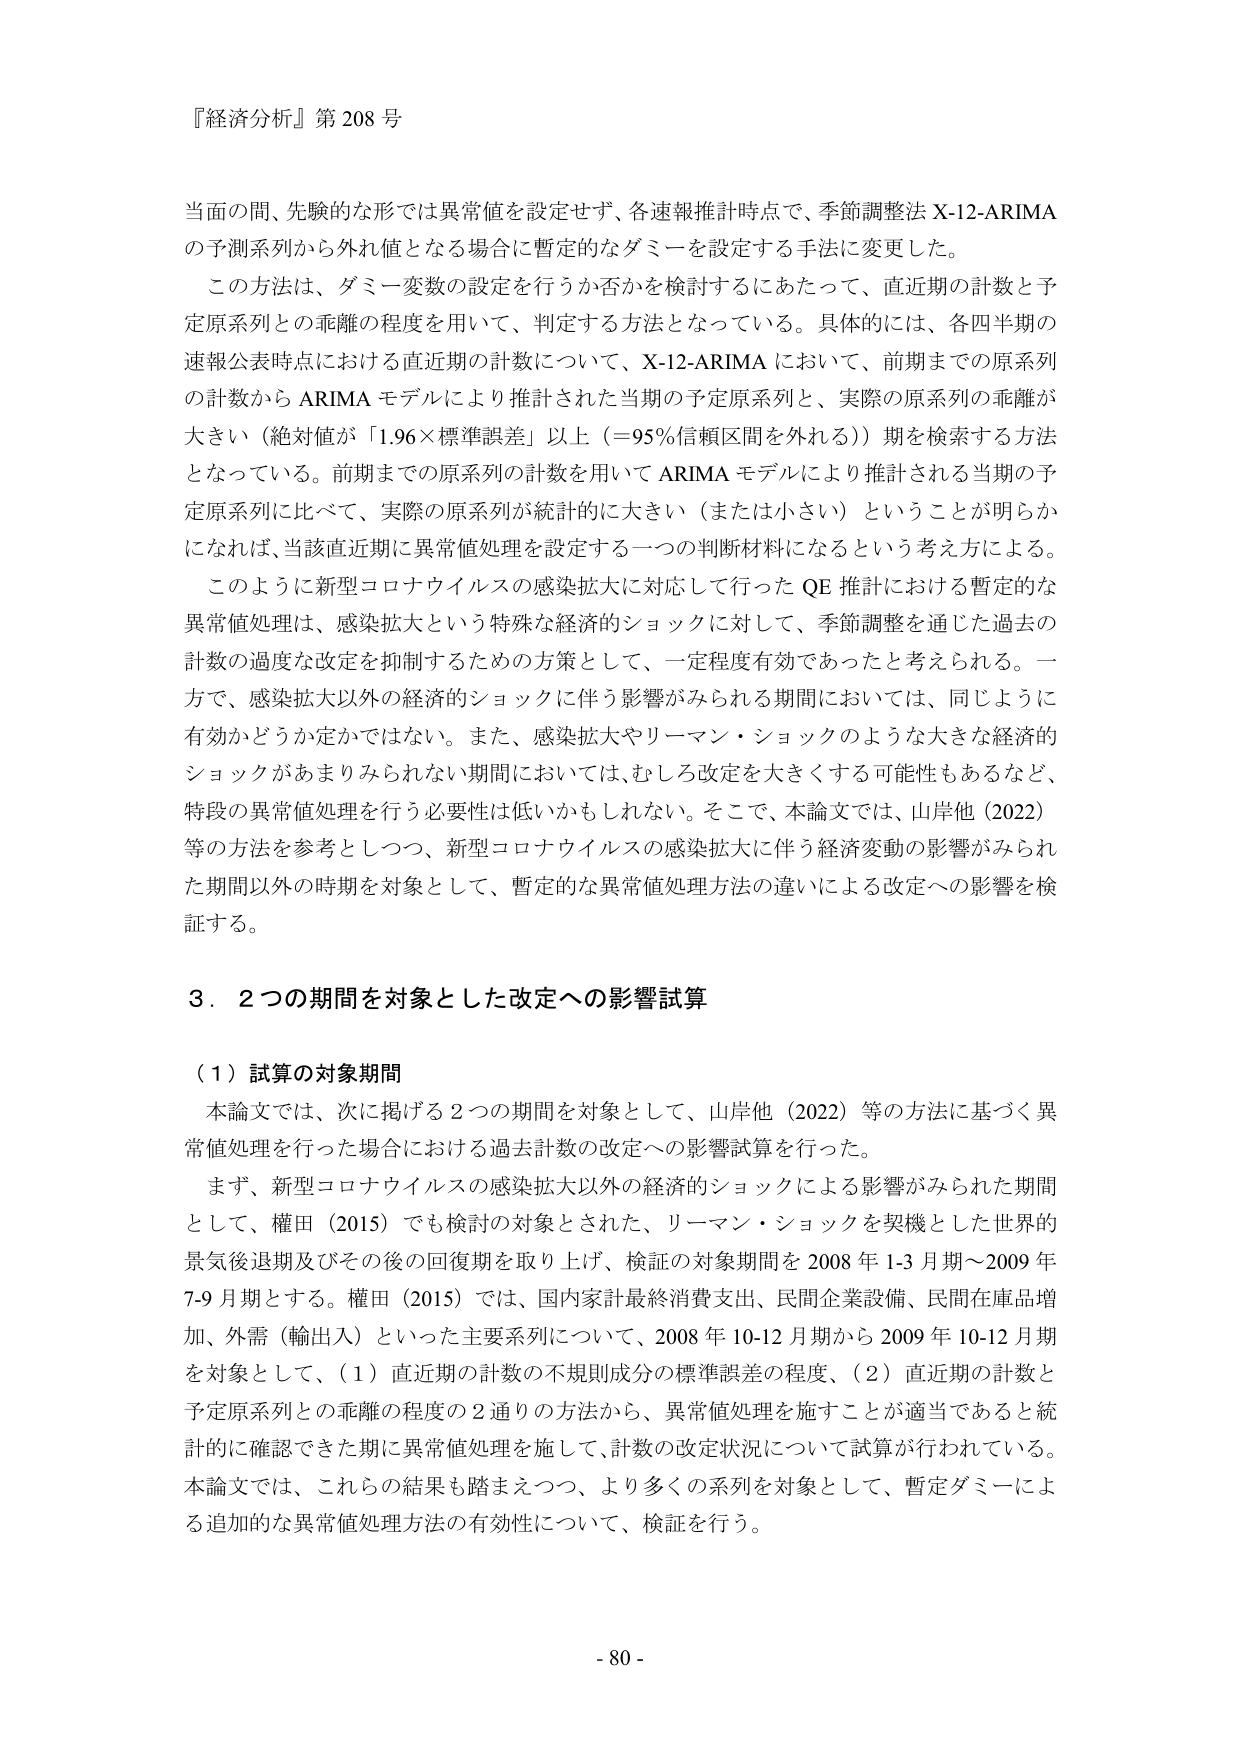
『経済分析』第208号

当面の間、先験的な形では異常値を設定せず、各速報推計時点で、季節調整法X-12-ARIMAの予測系列から外れ値となる場合に暫定的なダミーを設定する手法に変更した。

この方法は、ダミー変数の設定を行うか否かを検討するにあたって、直近期の計数と予定原系列との乖離の程度を用いて、判定する方法となっている。具体的には、各四半期の速報公表時点における直近期の計数について、X-12-ARIMAにおいて、前期までの原系列の計数からARIMAモデルにより推計された当期の予定原系列と、実際の原系列の乖離が大きい（絶対値が「1.96×標準誤差」以上（＝95％信頼区間を外れる））期を検索する方法となっている。前期までの原系列の計数を用いてARIMAモデルにより推計される当期の予定原系列に比べて、実際の原系列が統計的に大きい（または小さい）ということが明らかになれば、当該直近期に異常値処理を設定する一つの判断材料になるという考え方による。

このように新型コロナウイルスの感染拡大に対応して行ったQE推計における暫定的な異常値処理は、感染拡大という特殊な経済的ショックに対して、季節調整を通じた過去の計数の過度な改定を抑制するための方策として、一定程度有効であったと考えられる。一方で、感染拡大以外の経済的ショックに伴う影響がみられる期間においては、同じように有効かどうか定かではない。また、感染拡大やリーマン・ショックのような大きな経済的ショックがあまりみられない期間においては、むしろ改定を大きくする可能性もあるなど、特段の異常値処理を行う必要性は低いかもしれない。そこで、本論文では、山岸他（2022）等の方法を参考としつつ、新型コロナウイルスの感染拡大に伴う経済変動の影響がみられた期間以外の時期を対象として、暫定的な異常値処理方法の違いによる改定への影響を検証する。

3．2つの期間を対象とした改定への影響試算

（1）試算の対象期間

本論文では、次に掲げる2つの期間を対象として、山岸他（2022）等の方法に基づく異常値処理を行った場合における過去計数の改定への影響試算を行った。

まず、新型コロナウイルスの感染拡大以外の経済的ショックによる影響がみられた期間として、権田（2015）でも検討の対象とされた、リーマン・ショックを契機とした世界的景気後退期及びその後の回復期を取り上げ、検証の対象期間を2008年1-3月期～2009年7-9月期とする。権田（2015）では、国内家計最終消費支出、民間企業設備、民間在庫品増加、外需（輸出入）といった主要系列について、2008年10-12月期から2009年10-12月期を対象として、（1）直近期の計数の不規則成分の標準誤差の程度、（2）直近期の計数と予定原系列との乖離の程度の2通りの方法から、異常値処理を施すことが適当であると統計的に確認できた期に異常値処理を施して、計数の改定状況について試算が行われている。本論文では、これらの結果も踏まえつつ、より多くの系列を対象として、暫定ダミーによる追加的な異常値処理方法の有効性について、検証を行う。

- 80 -